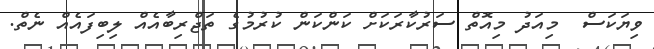
ވިޔަކަސް  މިއަދު މިއޮތް ސަރުކާރަކަށް ކަންކަން ކުރުމުގެ ތަޖްރިބާއެއް ލިބިފައެއް ނެތް.